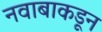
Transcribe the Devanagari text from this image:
नवाबाकडून